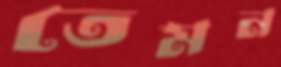
তেমন